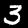
Label: 3